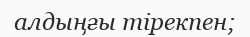
алдыңғы тірекпен;